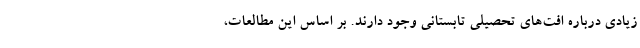
زیادی درباره افت‌های تحصیلی تابستانی وجود دارند. بر اساس این مطالعات،